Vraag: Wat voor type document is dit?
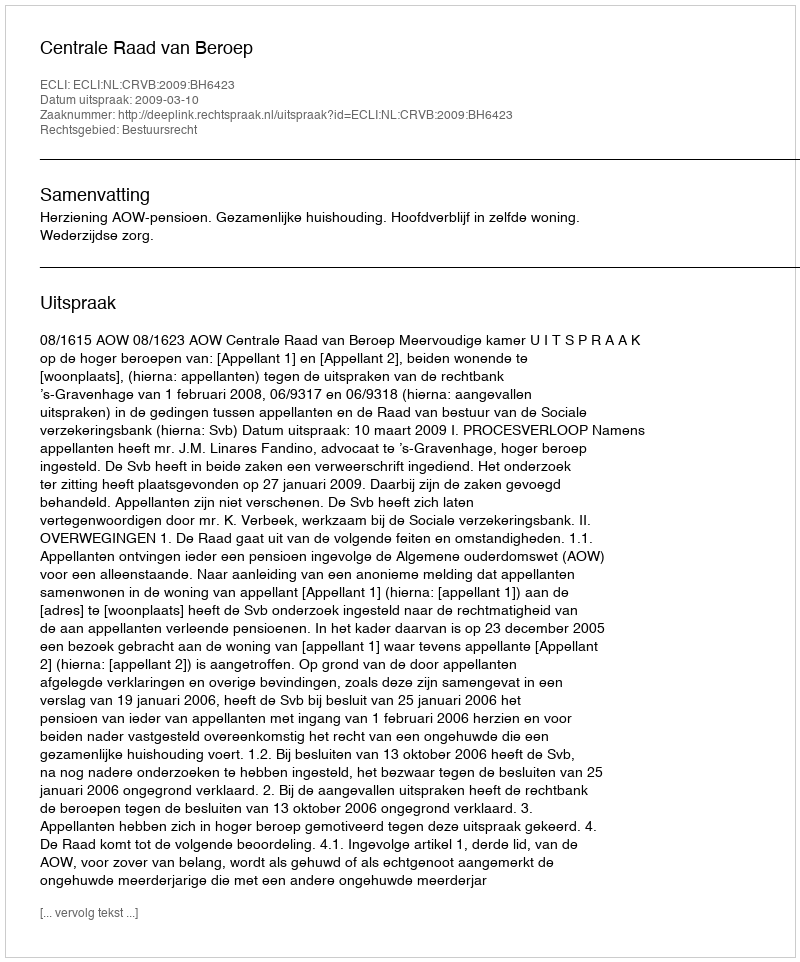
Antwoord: Uitspraak